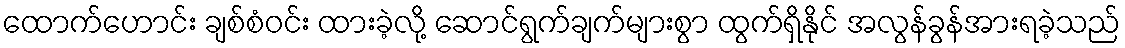
ထောက်ဟောင်း ချစ်စံဝင်း ထားခဲ့လို့ ဆောင်ရွက်ချက်များစွာ ထွက်ရှိနိုင် အလွန်ခွန်အားရခဲ့သည်